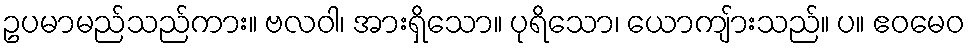
ဥပမာမည်သည်ကား။ ဗလဝါ၊ အားရှိသော။ ပုရိသော၊ ယောကျ်ားသည်။ ပ။ ဧဝမေဝ